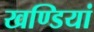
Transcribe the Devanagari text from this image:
खण्डियां